Vaccination Hyderabad 1890-1903 - 1890-1903
Year: 1890
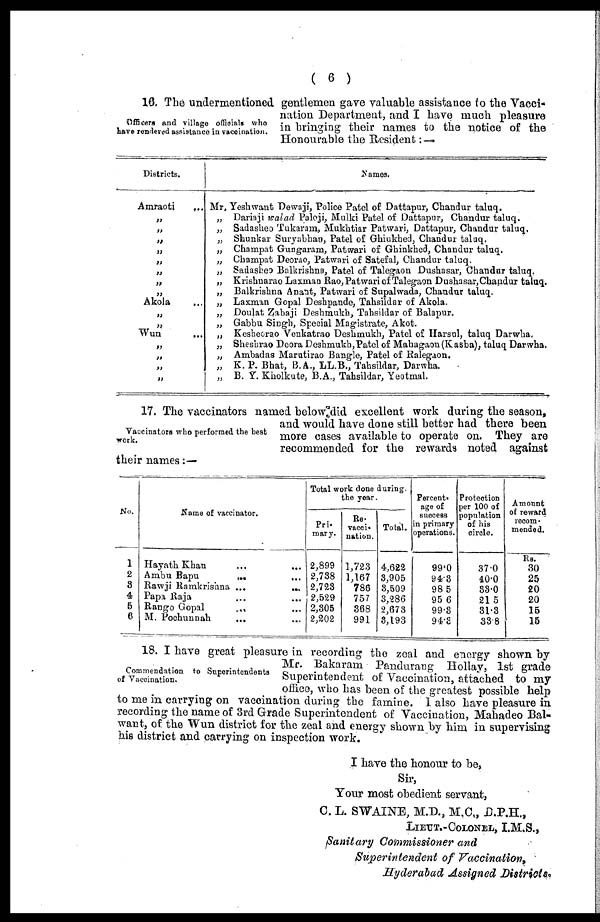
( 6 )
Officers and village officials who
have rendered assistance in vaccination.
16. The undermentioned gentlemen gave valuable assistance to the Vacci-
nation Department, and I have much pleasure
in bringing their names to the notice of the
Honourable the Resident: —
Districts.
Amraoti
...
„
„
„
„
„
„
„
„
Akola ...
„
„
Wun ...
„
„
„
„
Names.
Mr, Yeshwant "Dewaji, Police Patel of Dattapur, Chandur taluq.
„ Dariaji walad Paloji, Mulki Patel of Dattapur, Chandur taluq.
„ Sadasheo Tukaram, Mukhtiar Patwari, Dattapur, Chandur taluq.
„ Shunkar Suryabhao, Patel of Ghiukhed, Chandur talaq.
„ Champat Gungaram, Patwari of Ghinkhed, Chandur taluq.
„ Champat Deorao, Patwari of Satefal, Chandur taluq.
„ Sadasheo Balkrishna, Patel of Talegaon Dushasar, Chandur taluq,
„ Krishnarao Laxmao Rao, Patwari of Talegaon Dushasar,Chandur taluq.
„ Balkrishna Anant, Patwari of Supalwada, Chandur taluq.
„ Laxman Gopal Deshpande, Tahsildar of Akola.
„ Doulat Zabaji Deshmukh, Tahsildar of Balapur.
„ Gabbu Singh, Special Magistrate, Akot.
„ Kesheorao Venkatrao Deshmukh, Patel of Harsul, taluq Darwha.
„ Sheshrao Deora Deshmukh,Patel of Mahagaon (Kasha), taluq Darwha.
„ Ambadas Marutirao Bangle, Patel of Ralegaon.
„ K. P. Bhat, B.A., LL.B., Tahsildar, Darwha.
„ B. Y. Kholkute, B.A., Tahsildar, Yeotmal.
Vaccinators who performed the best
work.
17. The vaccinators named below did excellent work during the season,
and would have done still better had there been
more cases available to operate on. They are
recommended for the rewards noted against
their names:—
No.
1
2
3
4
5
6
Name of vaccinator.
Hayath Khan ... ...
Ambu Bapu
...
...
Rawji Ramkrishna ...
...
Papa Raja
...
...
Rango Gopal ... ...
M. Pochunnah ... ...
Total work done during¬
the year.
Pri¬
mary.
2,899
2,738
2,728
2,529
2,305
2,202
Re-
vacci¬
nation.
1,723
1,167
786
757
368
991
Total.
4,622
3,905
3,509
3,286
2,678
3,193
Percent
age of
success
in primary
operations.
99.0
94.3
98.5
95.6
99.8
94.8
Protection
per 100 of
population
of his
circle.
37.0
40.0
33.0
21.5
31.3
33.8
Amount
of reward
recom-
mended.
RS.
30
25
20
20
15
15
Commendation to Superintendents
of Vaccination.
18. I have great pleasure in recording the zeal and energy shown by-
Mr. Bakaram Pandurang Hollay, 1st grade
Superintendent of Vaccination, attached to my
office, who has been of the greatest possible help
to me in carrying on vaccination during the famine. I also have pleasure in
recording the name of 3rd Grade Superintendent of Vaccination, Mahadeo Bal¬
want, of the Wun district for the zeal and energy shown by him in supervising
his district and carrying on inspection work.
I have the honour to be,
Sir,
Your most obedient servant,
C. L. SWAINE, M.D., M.C., .D.P.H.,
LIEUT. -COLONEL, I.M.S.,
Sanitary Commissioner and
Superintendent of Vaccination,
Hyderabad Assigned Districts.